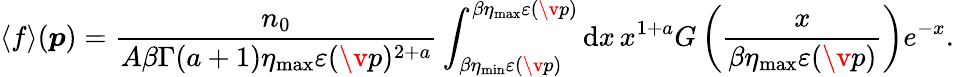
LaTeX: \langle f\rangle(\boldsymbol{p})=\frac{n_{0}}{A\beta\Gamma(a+1)\eta_{\mathrm{max}}\varepsilon(\v{p})^{2+a}}\int_{\beta\eta_{\mathrm{min}}\varepsilon(\v{p})}^{\beta\eta_{\mathrm{max}}\varepsilon(\v{p})}\mathrm{d}x\, x^{1+a}G\left(\frac{x}{\beta\eta_{\mathrm{max}}\varepsilon(\v{p})}\right)e^{-x}.